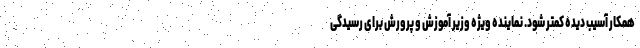
همکار آسیب دیده کمتر شود. نماینده ویژه وزیر آموزش و پرورش برای رسیدگی